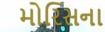
મોરિસના